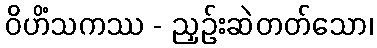
ဝိဟိံသကဿ - ညှဉ်းဆဲတတ်သော၊